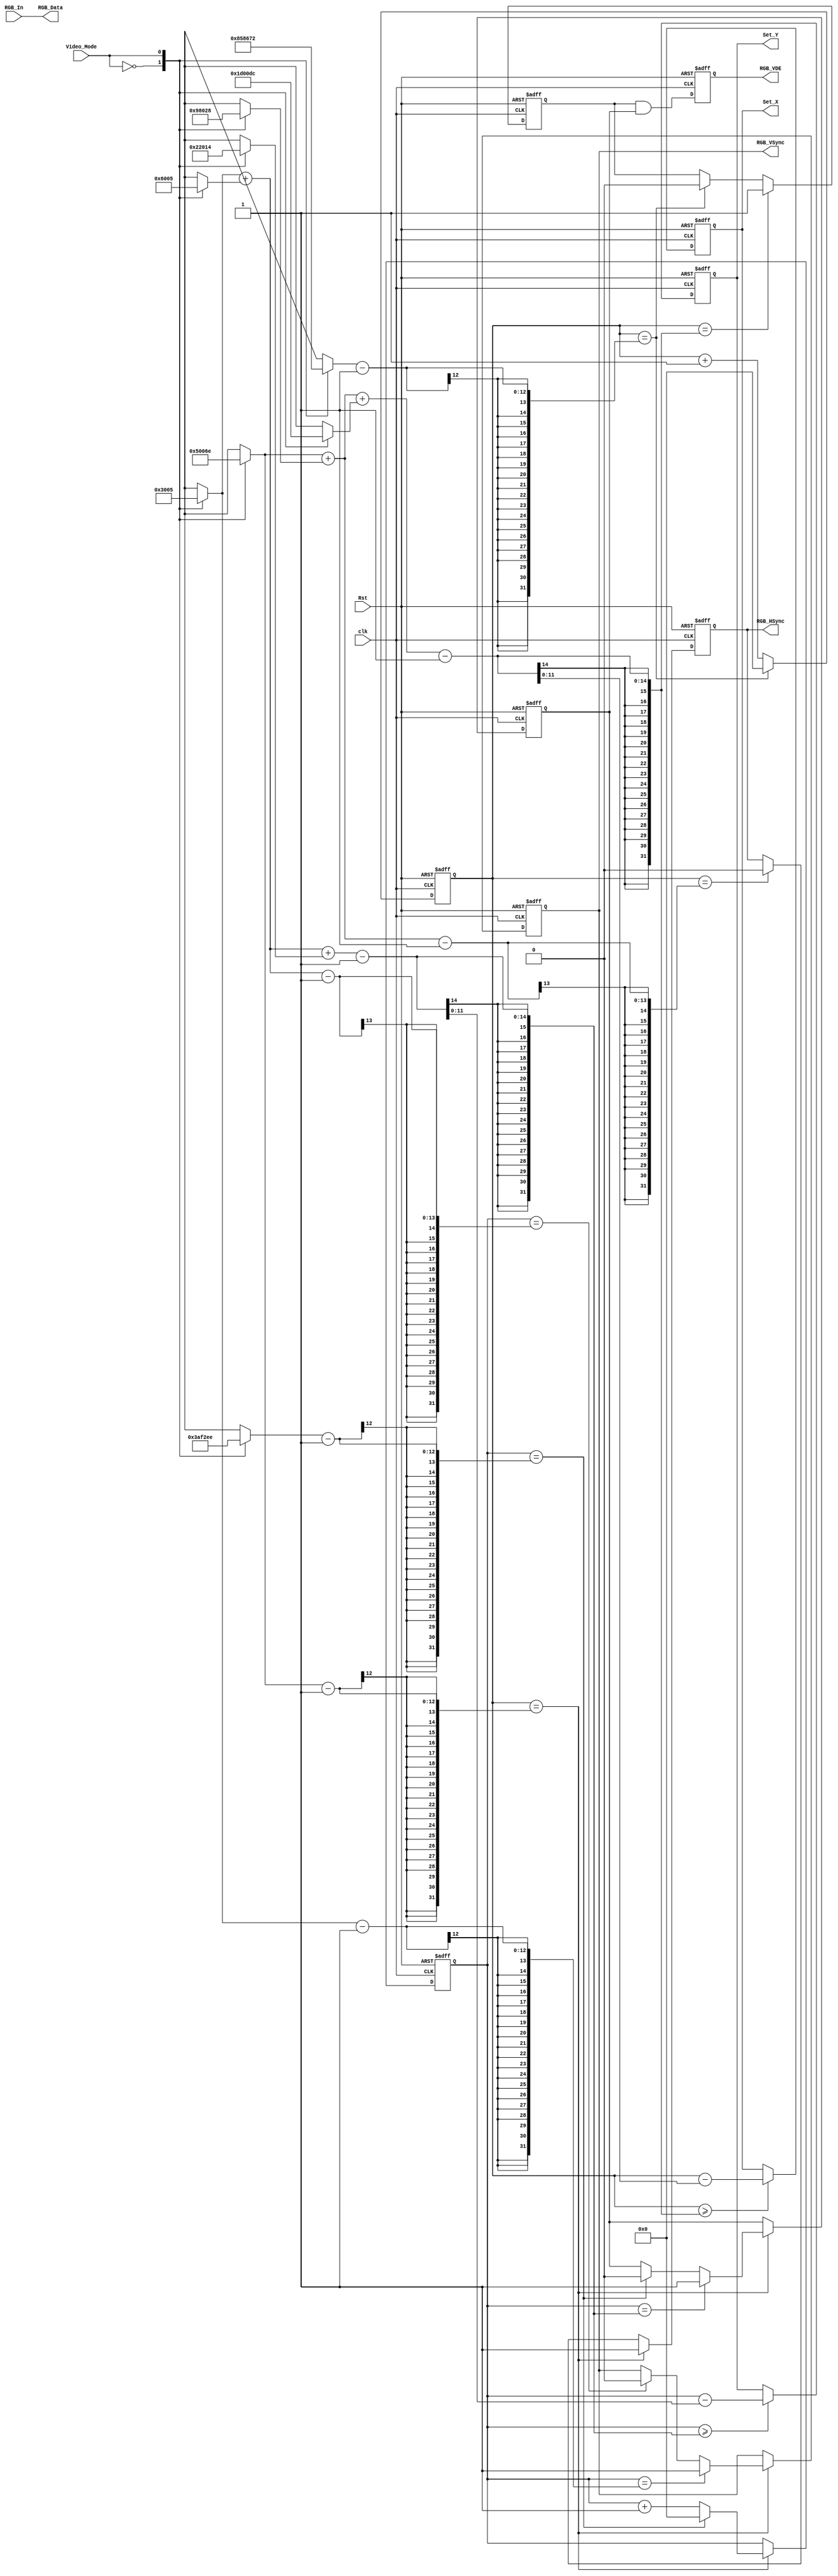
`timescale 1ns / 1ps
//////////////////////////////////////////////////////////////////////////////////
// Company: 
// Engineer: 
// 
// Design Name: 
// Module Name: Driver_HDMI
// Project Name: 
// Target Devices: 
// Tool Versions: 
// Description: 
// 
// Dependencies: 
// 
// Revision:
// Revision 0.01 - File Created
// Additional Comments:
// 
//////////////////////////////////////////////////////////////////////////////////
`define Video_Mode_1920_1080 0
`define Video_Mode_1280_720 1


module Driver_HDMI(
    input clk,                          //Clock
    input Rst,                          //Reset signal, low reset
    input Video_Mode,                   //Video format,0 is 1920*1080@60Hz,1 is 1280*720@60Hz
    input [23:0]RGB_In,                 //Input data
    output [23:0]RGB_Data,              //Output Data
    output reg RGB_HSync=0,            //Line signal
    output reg RGB_VSync=0,            //Field signal
    output reg RGB_VDE=0,              //Data valid signal
    output reg [11:0]Set_X=0,          //Image coordinate X
    output reg [11:0]Set_Y=0           //Image coordinate Y
    );
    localparam H_ACTIVE_1280_720 = 16'd1280;
    localparam H_FP_1280_720 = 16'd110;
    localparam H_SYNC_1280_720 = 16'd40;
    localparam H_BP_1280_720 = 16'd220; 
    localparam V_ACTIVE_1280_720 = 16'd720;
    localparam V_FP_1280_720     = 16'd5;
    localparam V_SYNC_1280_720  = 16'd5;
    localparam V_BP_1280_720    = 16'd20;
    localparam H_TOTAL_1280_720 = H_ACTIVE_1280_720 + H_FP_1280_720 + H_SYNC_1280_720 + H_BP_1280_720;
    localparam V_TOTAL_1280_720 = V_ACTIVE_1280_720 + V_FP_1280_720 + V_SYNC_1280_720 + V_BP_1280_720;
    
//    localparam H_ACTIVE_1920_1080 = 16'd1920;
//    localparam H_FP_1920_1080 = 16'd88;
//    localparam H_SYNC_1920_1080 = 16'd44;
//    localparam H_BP_1920_1080 = 16'd148; 
//    localparam V_ACTIVE_1920_1080 = 16'd1080;
//    localparam V_FP_1920_1080     = 16'd4;
//    localparam V_SYNC_1920_1080  = 16'd5;
//    localparam V_BP_1920_1080    = 16'd36;
//    localparam H_TOTAL_1920_1080 = H_ACTIVE_1920_1080 + H_FP_1920_1080 + H_SYNC_1920_1080 + H_BP_1920_1080;
//    localparam V_TOTAL_1920_1080 = V_ACTIVE_1920_1080 + V_FP_1920_1080 + V_SYNC_1920_1080 + V_BP_1920_1080;

//1440*900
    localparam H_ACTIVE_1920_1080 = 16'd1440;
    localparam H_FP_1920_1080 = 16'd80;
    localparam H_SYNC_1920_1080 = 16'd152;
    localparam H_BP_1920_1080 = 16'd464; 
    localparam V_ACTIVE_1920_1080 = 16'd900;
    localparam V_FP_1920_1080     = 16'd3;
    localparam V_SYNC_1920_1080  = 16'd6;
    localparam V_BP_1920_1080    = 16'd34;
    localparam H_TOTAL_1920_1080 = H_ACTIVE_1920_1080 + H_FP_1920_1080 + H_SYNC_1920_1080 + H_BP_1920_1080;
    localparam V_TOTAL_1920_1080 = V_ACTIVE_1920_1080 + V_FP_1920_1080 + V_SYNC_1920_1080 + V_BP_1920_1080;
    
    reg [11:0]H_ACTIVE=0;   //Line effective length (number of pixel clock cycles)
    reg [11:0]H_FP=0;       //Line sync front shoulder length
    reg [11:0]H_SYNC=0;     //Line sync length
    reg [11:0]H_BP=0;       //Line sync shoulder length
    reg [11:0]V_ACTIVE=0;   //Field effective length (number of rows)
    reg [11:0]V_FP=0;       //Field sync front shoulder length
    reg [11:0]V_SYNC= 0;    //Field sync length
    reg [11:0]V_BP=0;       //Field sync back shoulder length
    reg [11:0]H_TOTAL=0;    //Total length of line
    reg [11:0]V_TOTAL=0;    //Total length of field
    
    //Line, field signal count
    reg [11:0]HSync_Cnt=0;
    reg [11:0]VSync_Cnt=0;
    //Line, field effective signal
    reg H_De=0;
    reg V_De=0;
    
    //RGB signal connection
    assign RGB_Data=RGB_In;
    //Image X, Y coordinate acquisition
    always@(posedge clk or negedge Rst)
        begin
            //Low level reset
            if(!Rst)
                begin
                    Set_X<=0;
                    Set_Y<=0;
                end
            else
                begin
                    //When the line signal is valid, start to acquire the X coordinate
                    if(HSync_Cnt>=H_FP + H_SYNC + H_BP - 1)
                        Set_X <= HSync_Cnt-(H_FP + H_SYNC + H_BP - 1);
                    //When the field signal is valid, start to acquire the Y coordinate
                    if(VSync_Cnt>=V_FP + V_SYNC + V_BP - 1)
                        Set_Y<=VSync_Cnt-(V_FP + V_SYNC + V_BP - 1);
                end
        end
    //Image format acquisition
    always@(*)
        begin
            case(Video_Mode)
                `Video_Mode_1920_1080:
                    begin
                        H_ACTIVE=H_ACTIVE_1920_1080;   //Line effective length (number of pixel clock cycles)
                        H_FP=H_FP_1920_1080;           //Line sync front shoulder length
                        H_SYNC=H_SYNC_1920_1080;       //Line sync length
                        H_BP=H_BP_1920_1080;           //Line sync back shoulder length
                        V_ACTIVE=V_ACTIVE_1920_1080;   //Field effective length (number of rows)
                        V_FP=V_FP_1920_1080;           //Field sync front shoulder length
                        V_SYNC=V_SYNC_1920_1080;       //Field sync length
                        V_BP=V_BP_1920_1080;           //Field sync back shoulder length
                        H_TOTAL=H_TOTAL_1920_1080;     //Total length of line
                        V_TOTAL=V_TOTAL_1920_1080;     //Total length of field
                    end
                `Video_Mode_1280_720:
                    begin
                        H_ACTIVE=H_ACTIVE_1280_720;    //Line effective length (number of pixel clock cycles)
                        H_FP=H_FP_1280_720;            //Line sync front shoulder length
                        H_SYNC=H_SYNC_1280_720;        //Line sync length
                        H_BP=H_BP_1280_720;            //Line sync back shoulder length
                        V_ACTIVE=V_ACTIVE_1280_720;    //Field effective length (number of rows)
                        V_FP=V_FP_1280_720;            //Field sync front shoulder length
                        V_SYNC=V_SYNC_1280_720;        //Field sync length
                        V_BP=V_BP_1280_720;            //Field sync back shoulder length
                        H_TOTAL=H_TOTAL_1280_720;      //Total length of line
                        V_TOTAL=V_TOTAL_1280_720;      //Total length of field
                    end
            endcase
        end
    //Line signal count
    always@(posedge clk or negedge Rst)
        begin
            //Low level reset
            if(!Rst)
                HSync_Cnt<=0;
            else
                begin
                    //Line signal count to maximum value clear
                    if(HSync_Cnt==H_TOTAL-1)
                        HSync_Cnt<=0;
                    else
                        HSync_Cnt<=HSync_Cnt+1;
                end
        end
    //Field signal count
    always@(posedge clk or negedge Rst)
        begin
            //Low level reset
            if(!Rst)
                VSync_Cnt<=0;
            else
                begin
                    //When the line signal counts to H_FP-1, the field signal starts counting.
                    if(HSync_Cnt==H_FP-1)
                        begin
                            //Field signal count to maximum value clear
                            if(VSync_Cnt==V_TOTAL-1)
                                VSync_Cnt<=0;
                            else
                                VSync_Cnt<=VSync_Cnt+1;
                        end
                end
        end
    //Line signal is valid
    always@(posedge clk or negedge Rst)
        begin
            //Low level reset
            if(!Rst)
                H_De<=0;
            else
                begin
                    //When the line signal count satisfies one cycle, the line signal starts to be valid.
                    if(HSync_Cnt==H_FP + H_SYNC + H_BP - 1)
                        H_De<=1;
                    //When the line signal counts to the maximum value, the line signal starts to be invalid.
                    else if(HSync_Cnt==H_TOTAL-1)
                        H_De<=0;                    
                end
        end
    //Field signal is valid
    always@(posedge clk or negedge Rst)
        begin
            //Low level reset
            if(!Rst)
                V_De<=0;
            else
                begin
                    //When the line signal count is H_FP-1, that is, when line synchronization starts
                    if(HSync_Cnt==H_FP-1)
                        begin
                            //When the field signal count satisfies one cycle, the field signal is valid.
                            if(VSync_Cnt==V_FP + V_SYNC + V_BP - 1)
                                V_De<=1;
                            //When the field signal counts to the maximum value, the field signal starts to be invalid.
                            else if(VSync_Cnt==V_TOTAL-1)
                                V_De<=0;
                        end    
                end
        end
    //Data valid signal output
    always@(posedge clk or negedge Rst)
        begin
            //Low level reset
            if(!Rst)
                RGB_VDE<=0;
            else
                //Data valid signal output
                RGB_VDE<=H_De&V_De;                
        end  
    //Line signal output
    always@(posedge clk or negedge Rst)
        begin
            //Low level reset
            if(!Rst)
                RGB_HSync<=0;
            else
                begin
                    //When the line sync starts, the line signal starts to be high
                    if(HSync_Cnt==H_FP-1)
                        RGB_HSync<=1;
                    //When the line sync ends, the line signal starts to be low
                    else if(HSync_Cnt==H_FP + H_SYNC - 1)
                        RGB_HSync<=0;
                end                
        end   
    //Field signal output
    always@(posedge clk or negedge Rst)           
        begin
            //Low level reset
            if(!Rst)
                RGB_VSync<=0;
            else
                begin
                    //When line synchronization starts
                    if(HSync_Cnt==H_FP-1)
                        begin
                            //When the field sync starts, the field signal is high.
                            if(VSync_Cnt==V_FP-1)
                                RGB_VSync<=1;
                            //When the field sync ends, the field signal starts to be low
                            else if(VSync_Cnt==V_FP + V_SYNC - 1)
                                RGB_VSync<=0;
                        end
                end
        end

endmodule